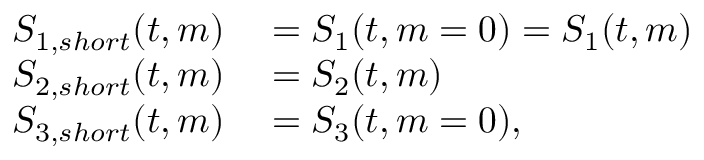
\begin{array} { r l } { S _ { 1 , s h o r t } ( t , m ) } & { { } = S _ { 1 } ( t , m = 0 ) = S _ { 1 } ( t , m ) } \\ { S _ { 2 , s h o r t } ( t , m ) } & { { } = S _ { 2 } ( t , m ) } \\ { S _ { 3 , s h o r t } ( t , m ) } & { { } = S _ { 3 } ( t , m = 0 ) , } \end{array}